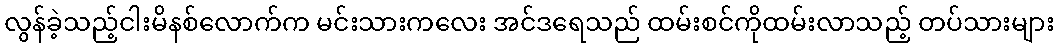
လွန်ခဲ့သည့်ငါးမိနစ်လောက်က မင်းသားကလေး အင်ဒရေသည် ထမ်းစင်ကိုထမ်းလာသည့် တပ်သားများ